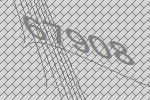
67908